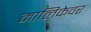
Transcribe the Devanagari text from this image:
मालिकेवर